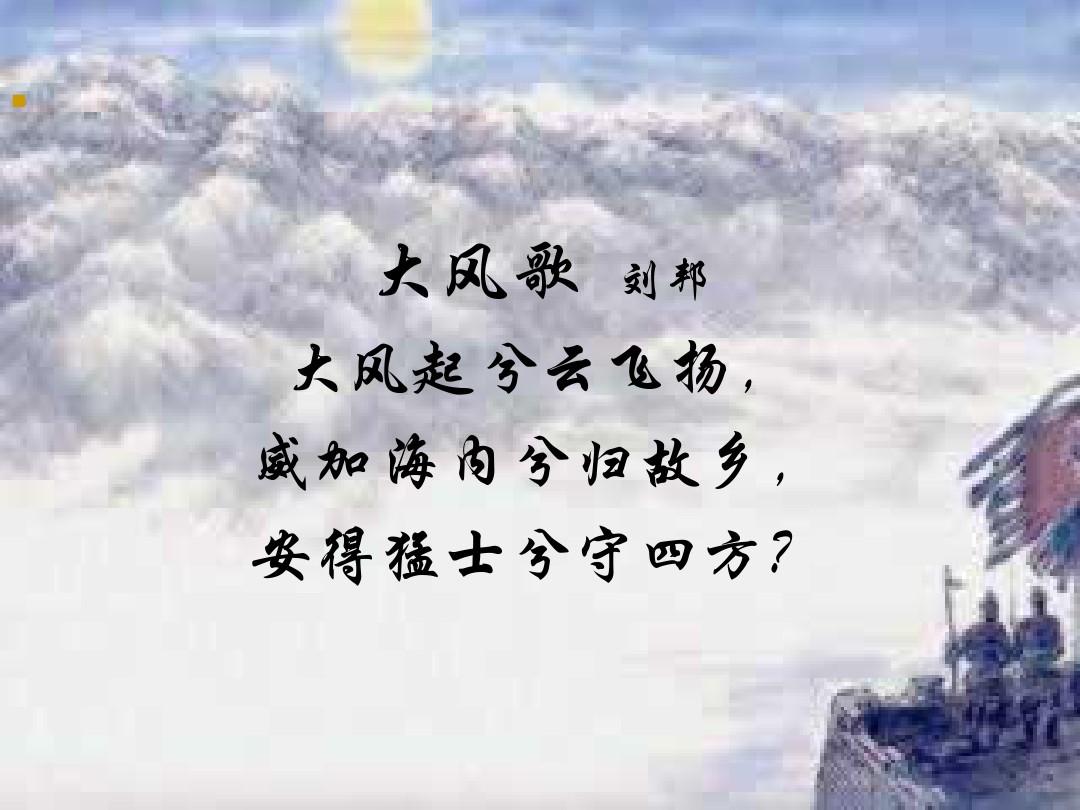
大风起兮云飞扬。威加海内兮归故乡。